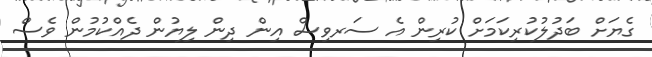
ގެޔަށް ބަދުލުކުރިކަމަށް ކުރިން އެ ސަރވިސް އިން ދިން ލިޔުން ދެއްކުމުން ވެސް